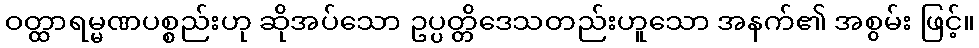
ဝတ္ထာရမ္မဏပစ္စည်းဟု ဆိုအပ်သော ဥပ္ပတ္တိဒေသတည်းဟူသော အနက်၏ အစွမ်း ဖြင့်။